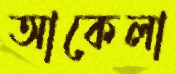
আকেলা